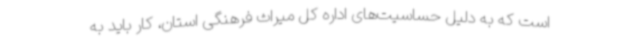
است که به دلیل حساسیت‌های اداره کل میراث فرهنگی استان، کار باید به